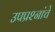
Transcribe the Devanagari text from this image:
उपप्रश्नांचे